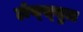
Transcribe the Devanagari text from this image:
होच्स्चुल